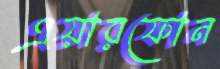
এয়ারফোন